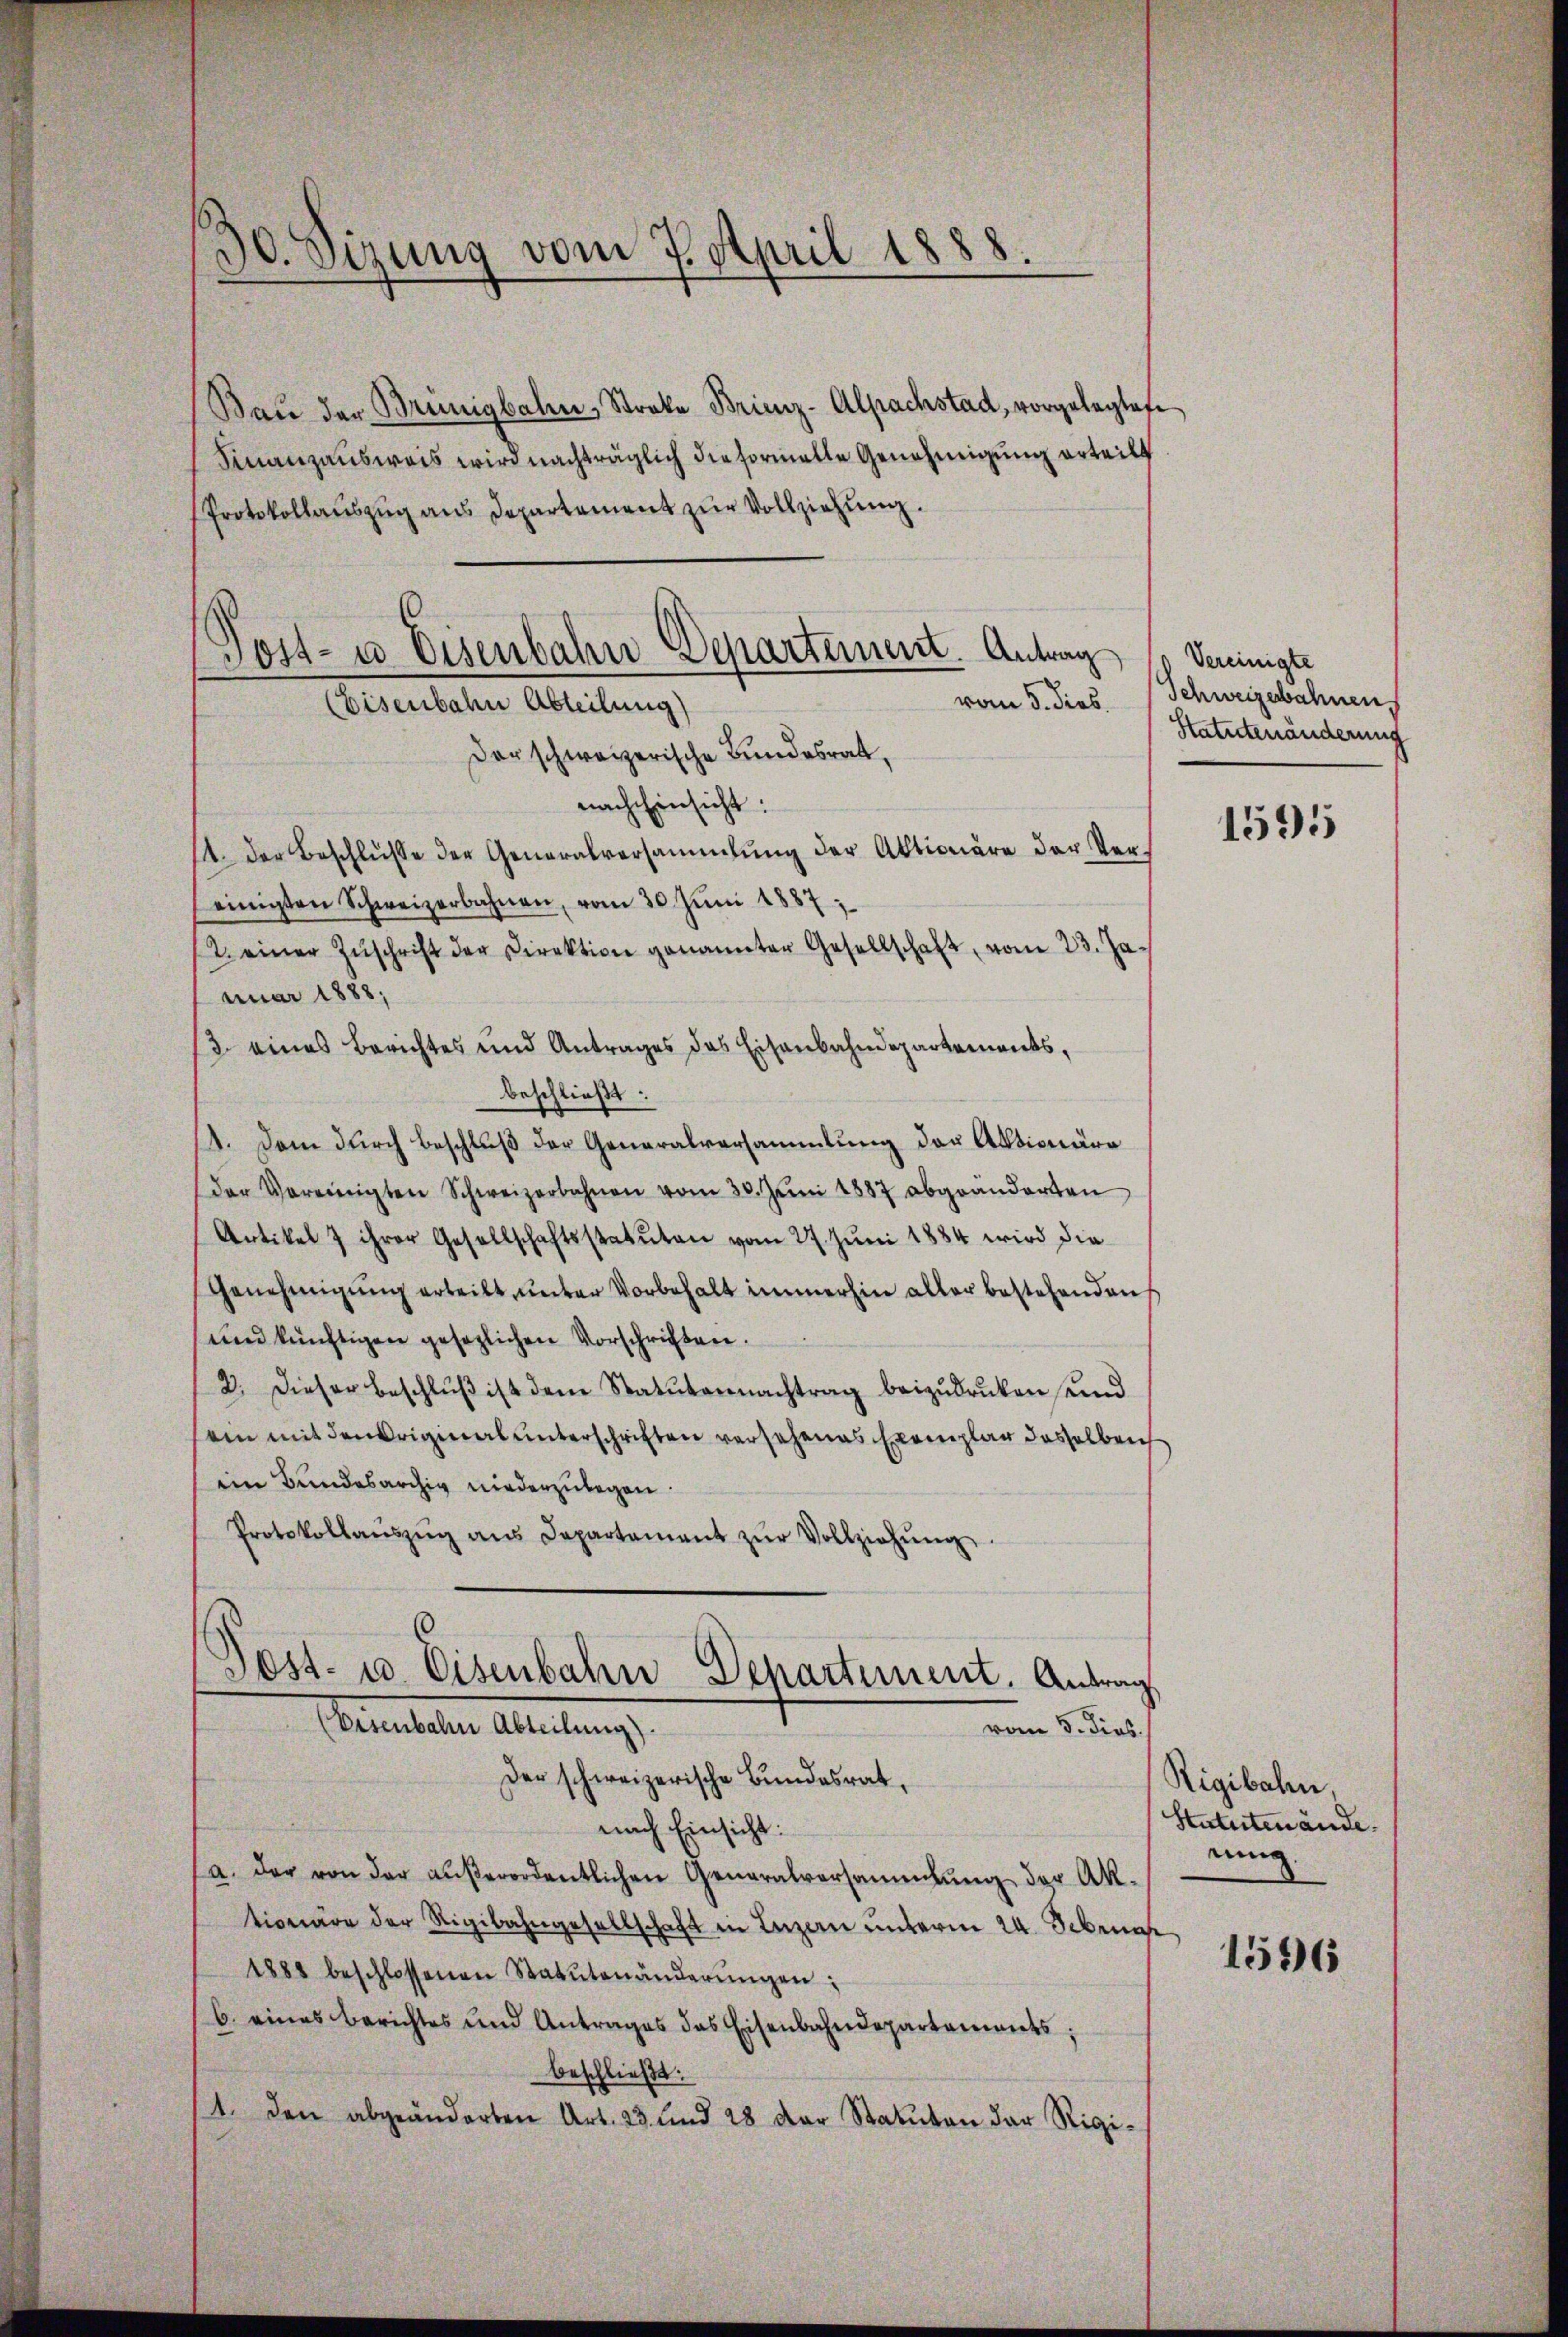
Bau der Brünigbahn, Streke Brienz-Alpachstad, vorgelegtes
Finanzausweis wird nachträglich die formelle Genehmigung erteilt
Protokollauszug aus Departement zur Vollziehung.
vom 5. dies
Der schweizerische Bundesrat,
nach Einsicht:
14. der Beschlŭsse der Generalversammlung der Aktionäre der Vereinigten Schweizerbahnen, vom 30. Jŭni 1857;
2. einer Zŭschrift der Direktion genannter Gesellschaft, vom 23. Ja
nuar 1888;
13. eines Berichtes und Antrages das Eisenbahndepartements,
beschließt:
1. Dem durch Beschluß der Generalversammlung der Aktionäre
der Vereinigten Schweizerbahnen vom 30. Juni 1887 abgeänderten
Artikel 7 ihrer Gesellschaftsstatuten vom 27. Juni 1884 wird die
Genehmigŭng erteilt ŭnter Vorbehalt immerhin aller bestehenden
und künftigen gesezlichen Vorschriften.
2. Dieser Beschlŭβ ist dem Statutennachtrag beizudruken und
ein mit den Originalunterschriften versehenes Exemplar dasselben
ein Bundesarchig niederzulegen.
Protokollaŭszŭg ans Departement zŭr Vollziehŭng.
Post- u. Eisenbahn Departement. Antrag
Cementelene Abteilung
vom 3. dies.
Der schweizerische Bundesrat,
nach Einsicht:
a. der von der außerordentlichen Generalversammlung der Aktionäre der Rigibahngesellschaft in Luzern unterm 24. Februar
1888 beschlossenen Statutenänderŭngen:
6. eines Berichtes und Antrages das Eisenbahndepartements.
beschließt:
1. den abgeänderten Art. 23 und 28 der Statuten der Rigi-

30. Sizung vom 7. April 1888.

Post- u Eisenbahn Departement. Antrag
(Eisenbahn Abteilung)

Vereinigte
Schweizerbahnen.
Statutenänderung

1595

Rigibahn
Statutenände.
rung

1596